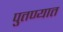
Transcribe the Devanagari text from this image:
पुतण्यात